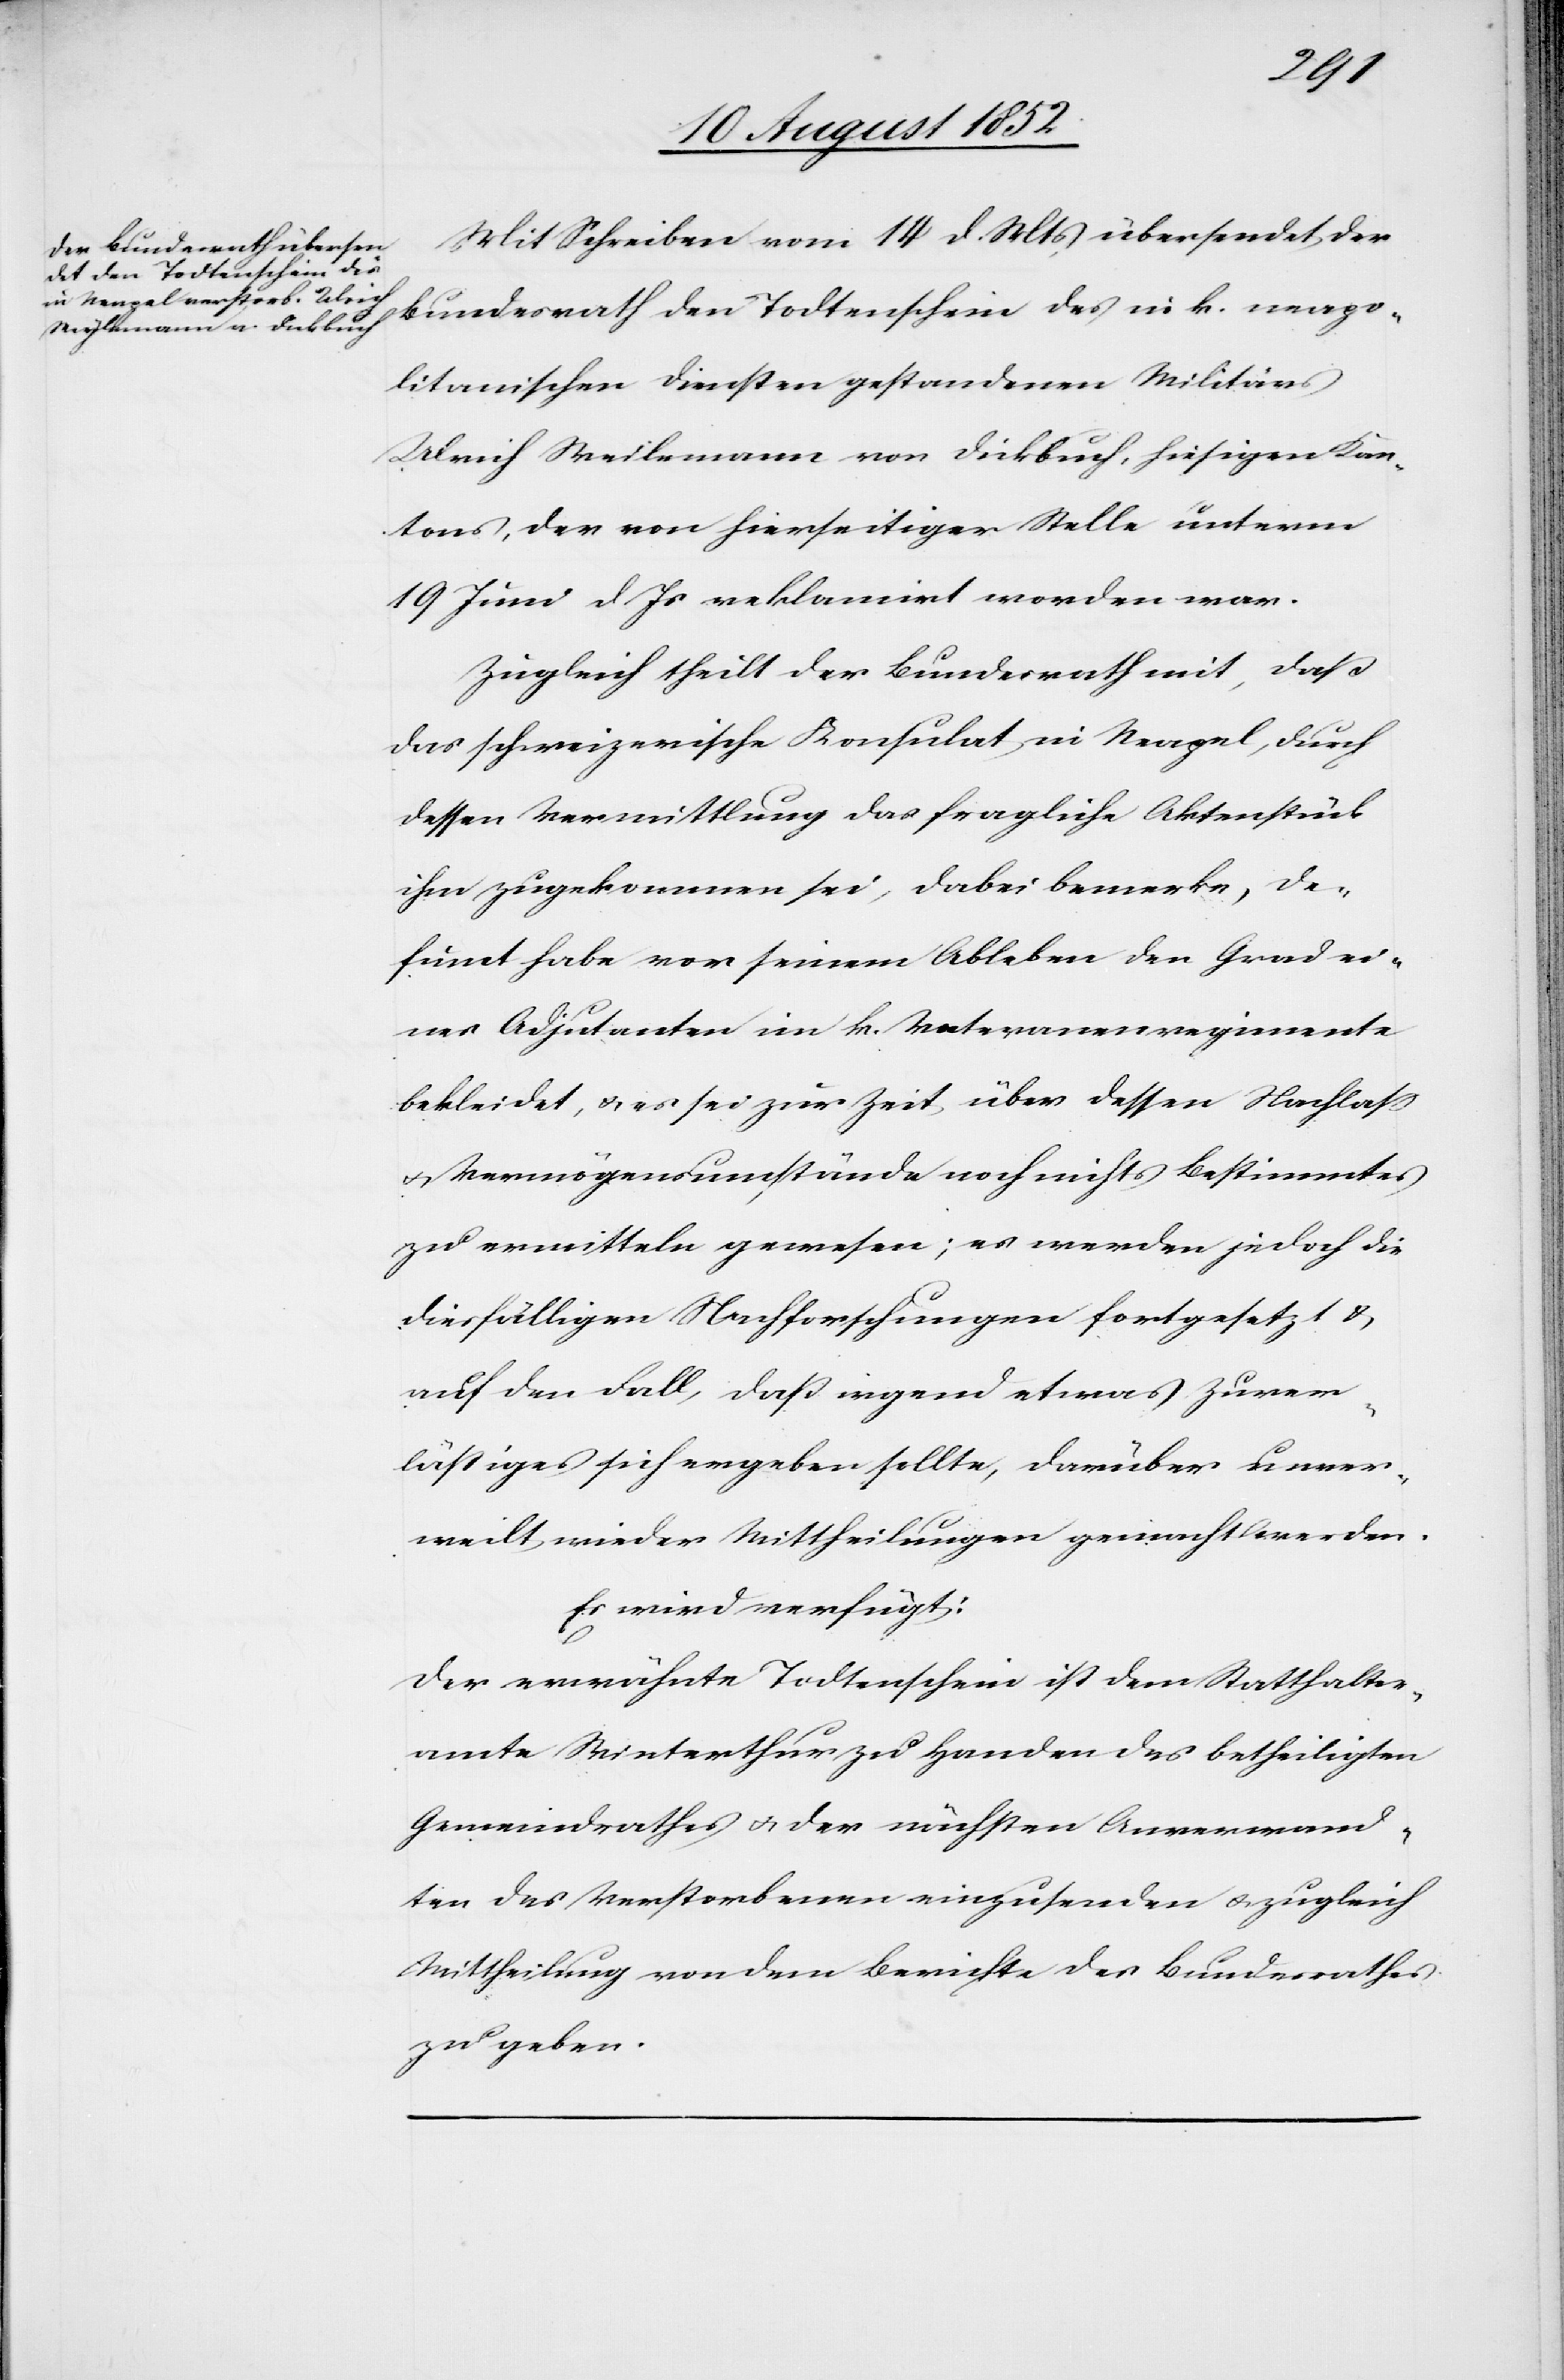
den
18 August 1852.]
Mit Schreiben vom 14 d. Mts übersendet der
Bundesrath den Todtenschein des in k. neapo¬
litanischen Diensten gestandenen Militärs
Ulrich Weilemann [sic!] von Dickbuch, hiesigen Kan¬
tons, der von hierseitiger Stelle unterm
19 Juni d. Js reklamirt worden war.
Zugleich theilt der Bundesrath mit, daß
das schweizerische Konsulat in Neapel, durch
dessen Vermittlung das fragliche Aktenstück
ihm zugekommen sei, dabei bemerke, De¬
fumt habe vor seinem Ableben den Grad ei¬
nes Adjutanten im k. Veteranenregimente
bekleidet, & es sei zur Zeit über dessen Nachlass
& Vermögensumstände noch nichts Bestimmtes
zu ermitteln gewesen; es werden jedoch die
diesfälligen Nachforschungen fortgesetzt &
auf den Fall, daß irgend etwas Zuver¬
lässiges sich ergeben sollte, darüber unver¬
weilt wieder Mittheilungen gemacht werden.
Es wird verfügt:
Der erwähnte Todtenschein ist dem Statthalter¬
amte Winterthur zu Handen des betheiligten
Gemeindrathes & der nächsten Anverwand¬
ten des Verstorbenen einzusenden & zugleich
Mittheilung von dem Berichte des Bundesrathes
zu geben.